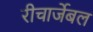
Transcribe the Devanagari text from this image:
रीचार्जेबल